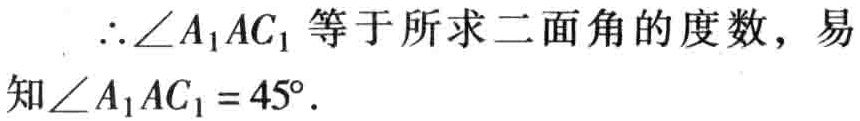
\(\therefore\angle A_{1}AC_{1}\) 等于所求二面角的度数，易知\(\angle A_{1}AC_{1}=45^{\circ}\).